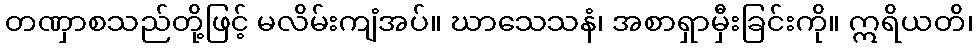
တဏှာစသည်တို့ဖြင့် မလိမ်းကျံအပ်။ ဃာသေသနံ၊ အစာရှာမှီးခြင်းကို။ ဣရိယတိ၊